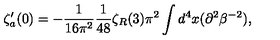
\zeta _ { a } ^ { \prime } ( 0 ) = - { \frac { 1 } { 1 6 \pi ^ { 2 } } } { \frac { 1 } { 4 8 } } \zeta _ { R } ( 3 ) \pi ^ { 2 } \int d ^ { 4 } x ( \partial ^ { 2 } \beta ^ { - 2 } ) ,